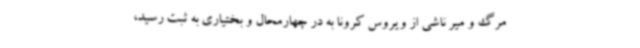
مرگ و میر ناشی از ویروس کرونا به در چهارمحال و بختیاری به ثبت رسید،